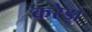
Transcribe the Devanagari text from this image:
करेड़ा